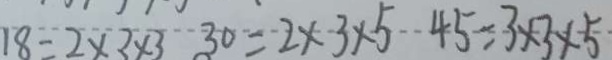
1 8 = 2 \times 3 \times 3 3 0 = 2 \times 3 \times 5 4 5 = 3 \times 3 \times 5